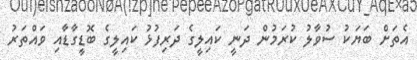
އެތަށް ބަޔަކު ސުވާލު ކުރަމުން ދަނީ ކައިލީގެ ދަރިފުޅު ކައިލީގެ ބޮޑީގާޑާއި ވައްތަރު